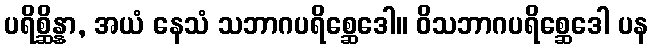
ပရိစ္ဆိန္နာ, အယံ နေသံ သဘာဂပရိစ္ဆေဒေါ။ ဝိသဘာဂပရိစ္ဆေဒေါ ပန